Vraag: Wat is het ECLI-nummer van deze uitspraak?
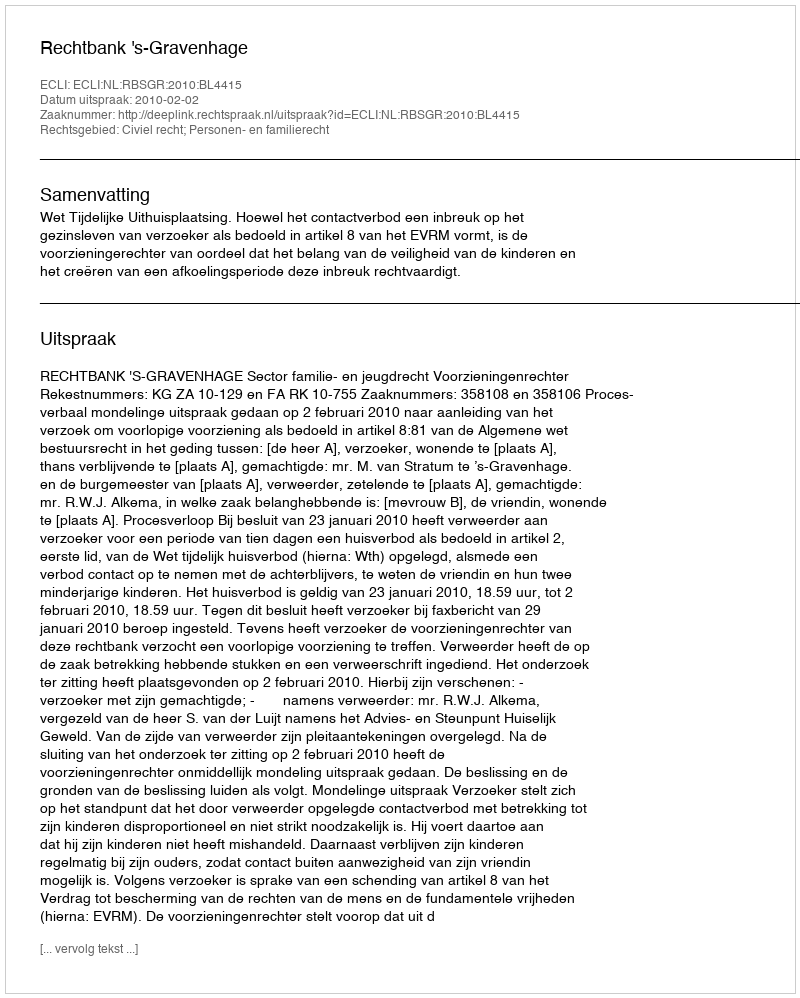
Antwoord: ECLI:NL:RBSGR:2010:BL4415